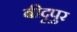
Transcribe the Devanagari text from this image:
बीदूपुर